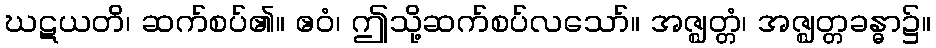
ဃဋယတိ၊ ဆက်စပ်၏။ ဧဝံ၊ ဤသို့ဆက်စပ်လသော်။ အဇ္ဈတ္တံ၊ အဇ္ဈတ္တခန္ဓာ၌။